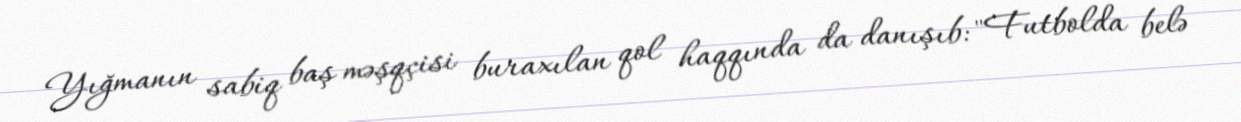
Yığmanın sabiq baş məşqçisi buraxılan qol haqqında da danışıb: "Futbolda belə